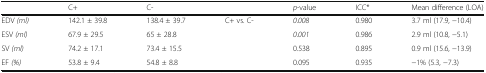
<table><thead><tr><td></td><td><b>C+</b></td><td><b>C-</b></td><td></td><td><b><i>p</i>-value</b></td><td><b>ICC*</b></td><td><b>Mean difference (LOA)</b></td></tr></thead><tbody><tr><td>EDV <i>(ml)</i></td><td>142.1 ± 39.8</td><td>138.4 ± 39.7</td><td rowspan="4">C+ vs. C-</td><td><i>0.008</i></td><td>0.980</td><td>3.7 ml (17.9, −10.4)</td></tr><tr><td>ESV <i>(ml)</i></td><td>67.9 ± 29.5</td><td>65 ± 28.8</td><td><i>0.001</i></td><td>0.986</td><td>2.9 ml (10.8, −5.1)</td></tr><tr><td>SV <i>(ml)</i></td><td>74.2 ± 17.1</td><td>73.4 ± 15.5</td><td>0.538</td><td>0.895</td><td>0.9 ml (15.6, −13.9)</td></tr><tr><td>EF <i>(%)</i></td><td>53.8 ± 9.4</td><td>54.8 ± 8.8</td><td>0.095</td><td>0.935</td><td>−1% (5.3, −7.3)</td></tr></tbody></table>